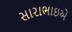
સારાભાઇએ